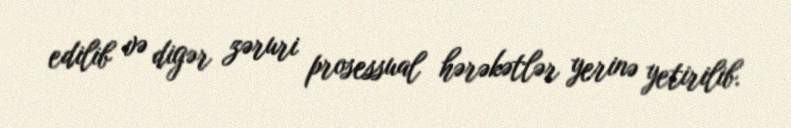
edilib və digər zəruri prosessual hərəkətlər yerinə yetirilib.